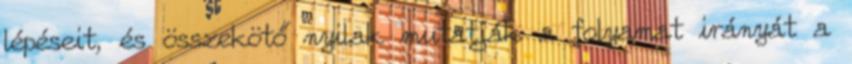
lépéseit, és összekötő nyilak mutatják a folyamat irányát a